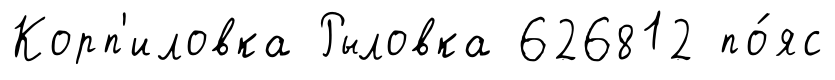
Корп'иловка Рыловка 626812 по́яс